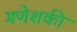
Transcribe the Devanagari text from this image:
गणेशकी